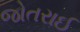
જોતરાઈ